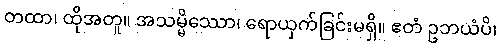
တထာ၊ ထိုအတူ။ အသမ္မိဿော၊ ရောယှက်ခြင်းမရှိ။ ဧတံ ဥဘယံပိ၊